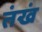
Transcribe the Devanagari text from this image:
तंखं